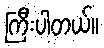
ကြီးပါတယ်။